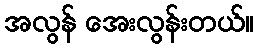
အလွန် အေးလွန်းတယ်။